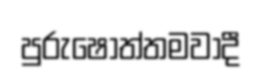
පුරුෂෝත්තමවාදී